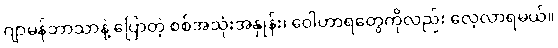
ဂျာမန်ဘာသာနဲ့ ပြောတဲ့ စစ်အသုံးအနှုန်း၊ ဝေါဟာရတွေကိုလည်း လေ့လာရမယ်။